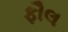
ફૌલ